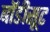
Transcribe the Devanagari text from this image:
बाॅडीसूट